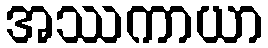
အဿကာယာ